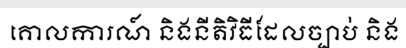
គោលការណ៍ និងនីតិវិធីដែលច្បាប់ និង